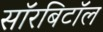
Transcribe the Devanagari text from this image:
सॉरबिटॉल